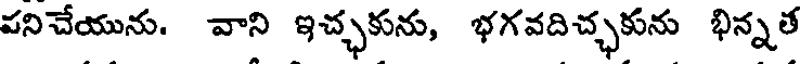
పనిచేయును. వాని ఇచ్ఛకును, భగవదిచ్ఛకును భిన్నత